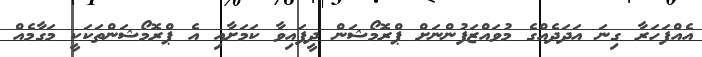
އެއްފަހަރާ ގިނަ އަދަދެއްގެ މުވައްޒަފުންނަށް ޕްރޮމޯޝަން ދީފައިވާ ކަމަށާއި އެ ޕްރޮމޯޝަންތަކަކީ މަގާމެއް